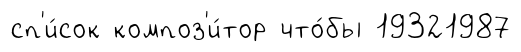
сп'и́сок композ'и́тор что́бы 19321987